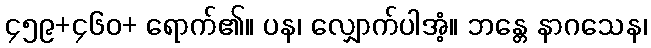
၄၅၉+၄၆၀+ ရောက်၏။ ပန၊ လျှောက်ပါအံ့။ ဘန္တေ နာဂသေန၊